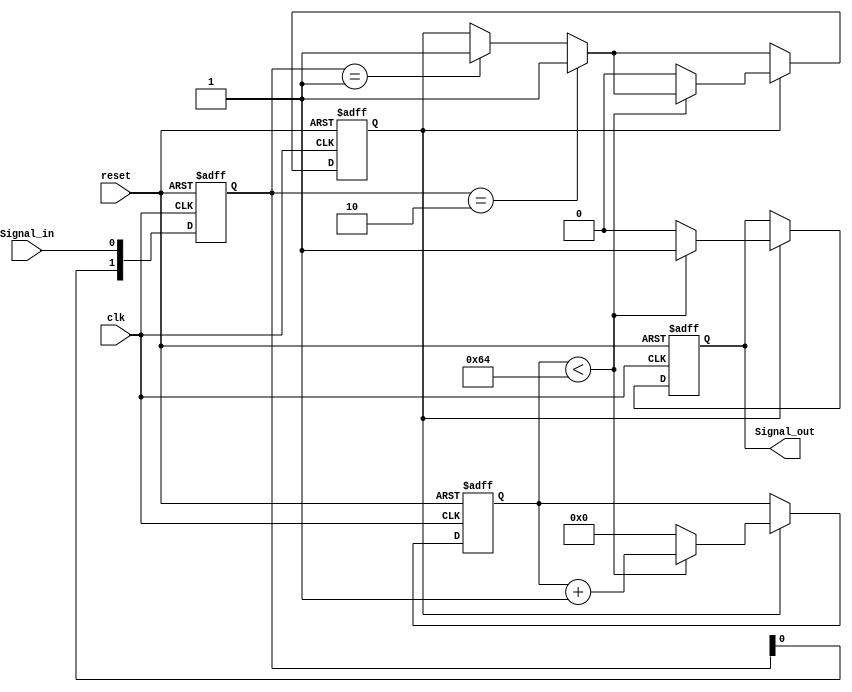
module MonostableEdgeDetector (
    input wire clk,                // Clock signal
    input wire reset,              // Asynchronous reset
    input wire Signal_in,          // Input signal to monitor
    output reg Signal_out          // Output pulse signal
);

    // Parameters
    parameter PULSE_WIDTH = 100;   // Pulse width in clock cycles

    // State variables
    reg [1:0] state;               // State for edge detection
    reg [6:0] counter;             // Counter for pulse width
    reg pulse_active;              // Flag to indicate if pulse is active

    // Edge detection logic
    always @(posedge clk or posedge reset) begin
        if (reset) begin
            state <= 2'b00;
            Signal_out <= 1'b0;
            counter <= 7'b0;
            pulse_active <= 1'b0;
        end else begin
            // State transition for edge detection
            state <= {state[0], Signal_in}; // Shift in the current Signal_in
            
            // Detect rising edge
            if (state == 2'b01) begin
                pulse_active <= 1'b1; // Trigger pulse on rising edge
            end
            
            // Detect falling edge
            if (state == 2'b10) begin
                pulse_active <= 1'b1; // Trigger pulse on falling edge
            end
            
            // Pulse generation logic
            if (pulse_active) begin
                if (counter < PULSE_WIDTH) begin
                    counter <= counter + 1; // Increment counter
                    Signal_out <= 1'b1;      // Keep output high
                end else begin
                    pulse_active <= 1'b0;   // Reset pulse active flag
                    Signal_out <= 1'b0;      // Reset output
                    counter <= 7'b0;         // Reset counter
                end
            end
        end
    end
endmodule